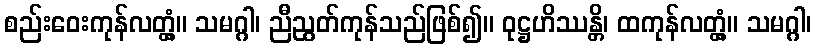
စည်းဝေးကုန်လတ္တံ့။ သမဂ္ဂါ၊ ညီညွတ်ကုန်သည်ဖြစ်၍။ ဝုဋ္ဌဟိဿန္တိ၊ ထကုန်လတ္တံ့။ သမဂ္ဂါ၊